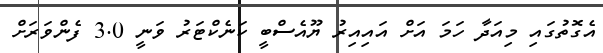
އެގޮތުގައި މިއަދާ ހަމަ އަށް އައިއިރު ޔޫއެސްބީ ކަނެކްޓަރު ވަނީ 3.0 ފެންވަރަށް